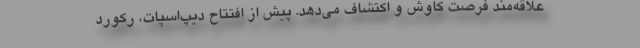
علاقه‌مند فرصت کاوش و اکتشاف می‌دهد. پیش از افتتاح دیپ‌اسپات، رکورد